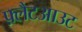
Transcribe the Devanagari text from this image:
फ़्लैटआउट